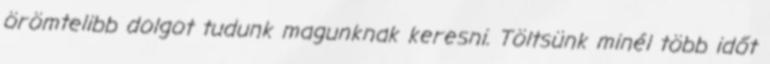
örömtelibb dolgot tudunk magunknak keresni. Töltsünk minél több időt